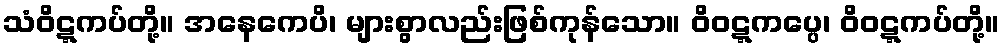
သံဝိဋ္ဋကပ်တို့။ အနေကေပိ၊ များစွာလည်းဖြစ်ကုန်သော။ ဝိဝဋ္ဋကပ္ပေ၊ ဝိဝဋ္ဋကပ်တို့။